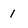
Character: 1